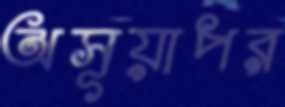
অসূয়াপর